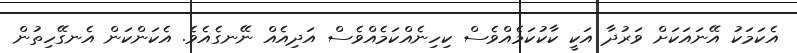
އެކަމަކު އޭނައަކަށް ވަރުދާ އަކީ ކާކުކަމެއްވެސް ކިހިނެއްކަމެއްވެސް އަދިއެއް ނޭނގެއެވެ. އެކަންކަން އެނގޭހިތުން